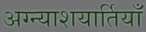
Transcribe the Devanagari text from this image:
अग्न्याशयार्तियाँ